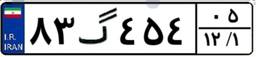
۸۳گ۴۵۴۰۵